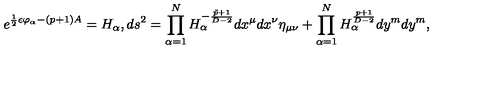
e ^ { { \frac { 1 } { 2 } } \epsilon \varphi _ { \alpha } - ( p + 1 ) A } = H _ { \alpha } , d s ^ { 2 } = \prod _ { \alpha = 1 } ^ { N } H _ { \alpha } ^ { - { \frac { \tilde { p } + 1 } { D - 2 } } } d x ^ { \mu } d x ^ { \nu } \eta _ { \mu \nu } + \prod _ { \alpha = 1 } ^ { N } H _ { \alpha } ^ { \frac { p + 1 } { D - 2 } } d y ^ { m } d y ^ { m } ,